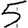
Digit: 5